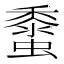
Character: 𧒁